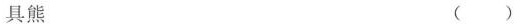
具熊 ()